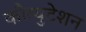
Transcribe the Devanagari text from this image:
कौम्युटेशन